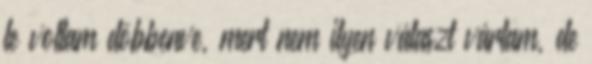
le voltam döbbenve, mert nem ilyen választ vártam, de